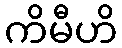
ကိမီဟိ